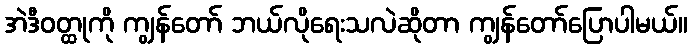
အဲဒီဝတ္ထုကို ကျွန်တော် ဘယ်လိုရေးသလဲဆိုတာ ကျွန်တော်ပြောပါမယ်။